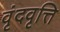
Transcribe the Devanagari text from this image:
वृंदवृत्ति